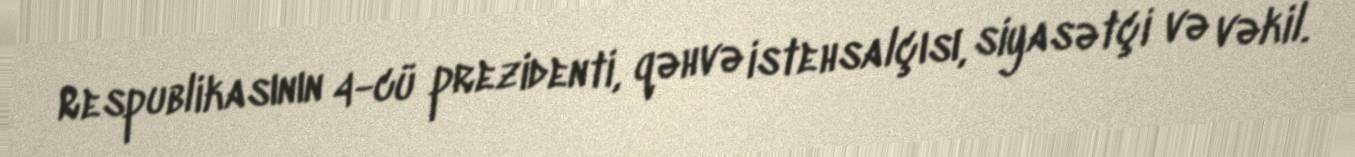
Respublikasının 4-cü prezidenti, qəhvə istehsalçısı, siyasətçi və vəkil.